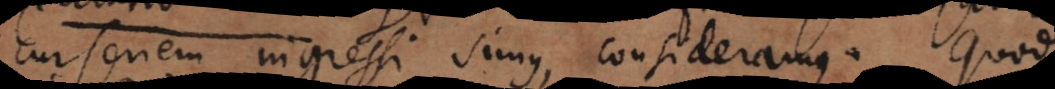
cur seriem ingressi simus, consideramus. Quod